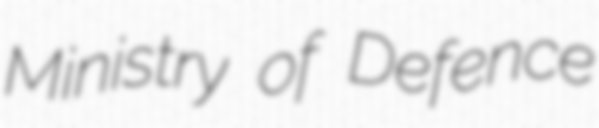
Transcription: Ministry of Defence